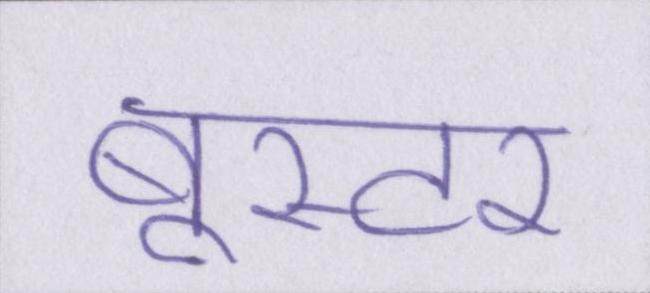
बूस्टर